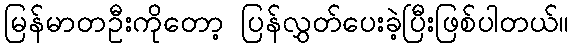
မြန်မာတဦးကိုတော့ ပြန်လွှတ်ပေးခဲ့ပြီးဖြစ်ပါတယ်။